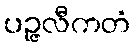
ပဉ္ဇလီကတံ